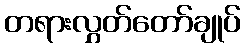
တရားလွှတ်တော်ချုပ်